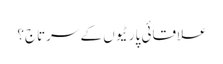
علاقائی پارٹیوں کے سرتاج؟